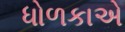
ધોળકાએ